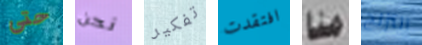
حتى نحن تفكير افتقدت منا التزلج